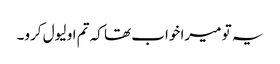
یہ تو میرا خواب تھا کہ تم او لیول کرو۔